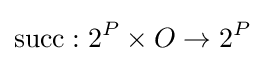
\operatorname {succ} :2^{P}\times O\rightarrow 2^{P}